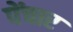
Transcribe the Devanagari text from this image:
पेंचार